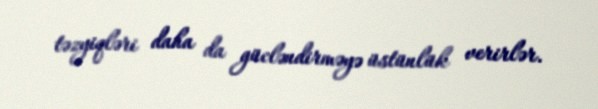
təzyiqləri daha da gücləndirməyə üstünlük verirlər.